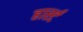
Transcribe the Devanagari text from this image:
हार्स्ट